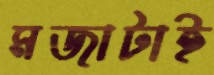
মজাটাই